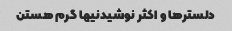
دلسترها و اکثر نوشیدنیها گرم هستن